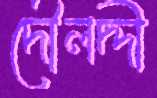
দৌলদ্দী